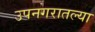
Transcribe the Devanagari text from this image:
उपनगरातल्या